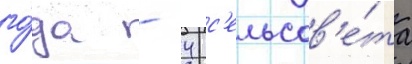
го́да - 4 с'ельсов'е́та